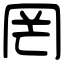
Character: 罔